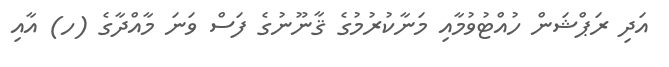
އަދި ރަޕްޝަން ހުއްޓުވުމާއި މަނާކުރުމުގެ ޤާނޫނުގެ ފަސް ވަނަ މާއްދާގެ (ހ) އާއި